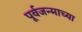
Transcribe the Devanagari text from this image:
पूर्वजन्माच्या